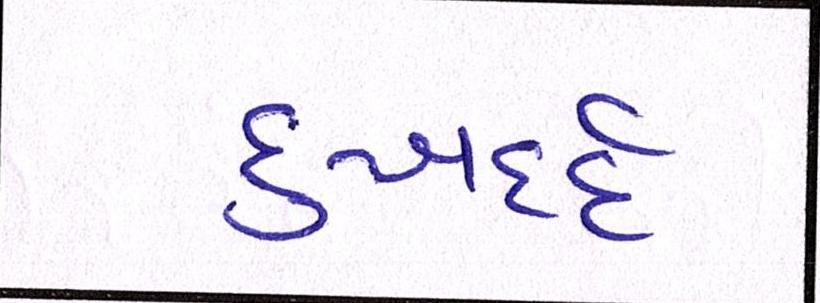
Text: દુઃખદર્દ